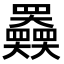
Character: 𡚤